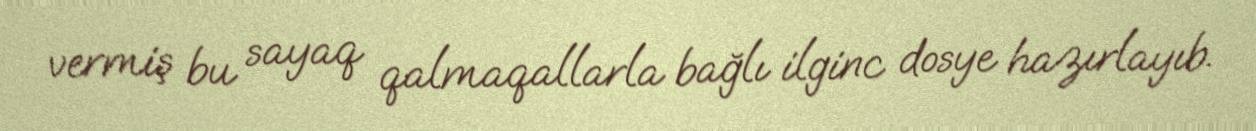
vermiş bu sayaq qalmaqallarla bağlı ilginc dosye hazırlayıb.